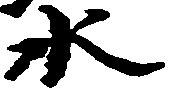
水